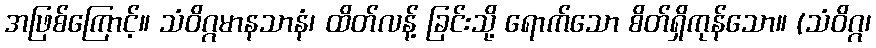
အဖြစ်ကြောင့်။ သံဝိဂ္ဂမာနသာနံ၊ ထိတ်လန့် ခြင်းသို့ ရောက်သော စိတ်ရှိကုန်သော။ (သံဝိဂ္ဂ၊